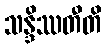
သန္ဒိဿတီတိ